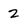
Character: 2